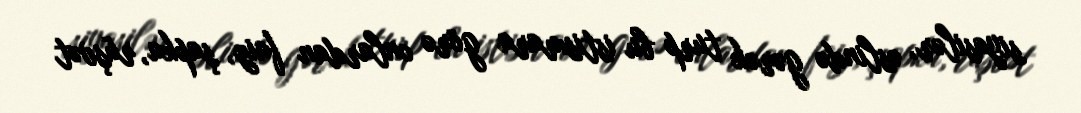
siyasilər, əslində gərək turp bu istismara görə onlardan faiz, şapka, rüşvət